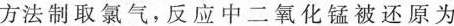
方法制取氯气，反应中二氧化锰被还原为